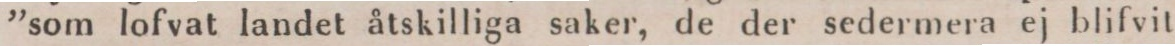
”som lofvat landet åtskilliga saker, de der sedermera ej blifvit